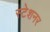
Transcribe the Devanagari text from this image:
स्टेशनर